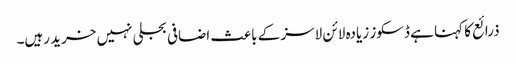
ذرائع کا کہنا ہے ڈسکوز زیادہ لائن لاسز کے باعث اضافی بجلی نہیں خرید رہیں۔